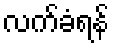
လက်ခံရန်